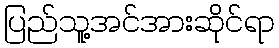
ပြည်သူ့အင်အားဆိုင်ရာ